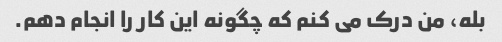
بله، من درک می کنم که چگونه این کار را انجام دهم.